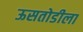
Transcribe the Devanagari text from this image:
ऊसतोडीला